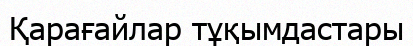
Қарағайлар тұқымдастары